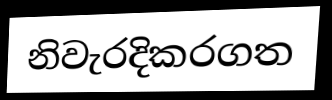
නිවැරදිකරගත